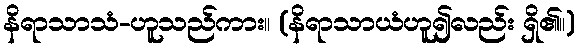
နိရာသာသံ-ဟူသည်ကား။ (နိရာသာယံဟူ၍လည်း ရှိ၏။)